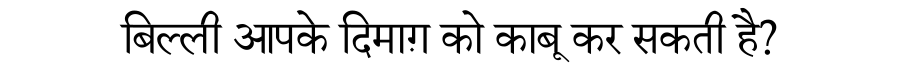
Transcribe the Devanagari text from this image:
बिल्ली आपके दिमाग़ को काबू कर सकती है?